Report on vaccination in the Province of Bengal - 1874-1889
Year: 1874
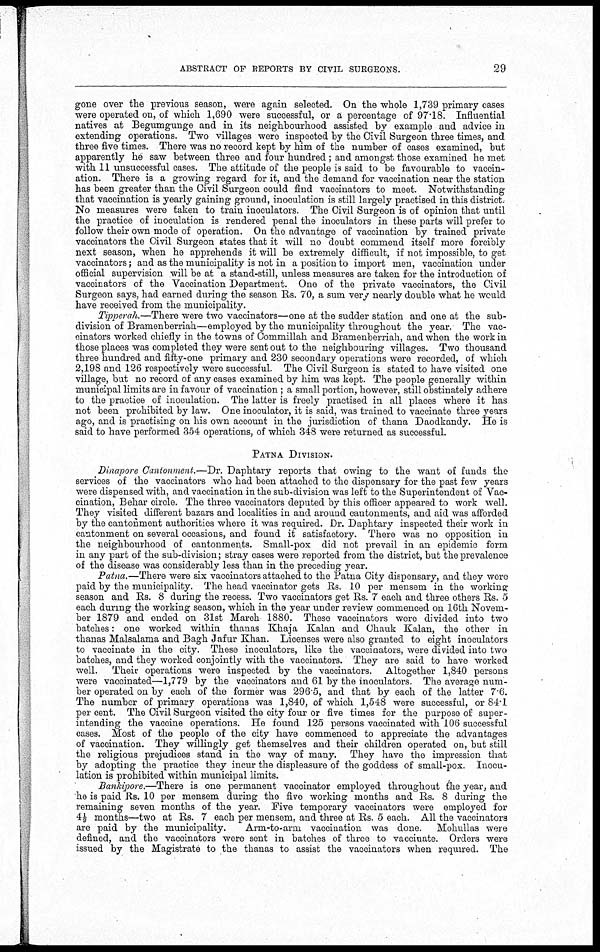
ABSTRACT OF REPORTS BY CIVIL SURGEONS.
29
gone over the previous season, were again selected. On the whole 1,739 primary cases
were operated on, of which 1,690 were successful, or a percentage of 97.18. Influential
natives at Begumgunge and in its neighbourhood assisted by example and advice in
extending operations. Two villages were inspected by the Civil Surgeon three times, and
three five times. There was no record kept by him of the number of cases examined, but
apparently he saw between three and four hundred ; and amongst those examined he met
with 11 unsuccessful cases. The attitude of the people is said to be favourable to vaccin-
ation. There is a growing regard for it, and the demand for vaccination near the station
has been greater than the Civil Surgeon could find vaccinators to meet. Notwithstanding
that vaccination is yearly gaining ground, inoculation is still largely practised in this district.
No measures were taken to train inoculators. The Civil Surgeon is of opinion that until
the practice of inoculation is rendered penal the inoculators in these parts will prefer to
follow their own mode of operation. On the advantage of vaccination by trained private
vaccinators the Civil Surgeon states that it will no doubt commend itself more forcibly
next season, when he apprehends it will be extremely difficult, if not impossible, to get
vaccinators; and as the municipality is not in a position to import men, vaccination under
official supervision will be at a stand-still, unless measures are taken for the introduction of
vaccinators of the Vaccination Department. One of the private vaccinators, the Civil
Surgeon says, had earned during the season Rs. 70, a sum very nearly double what he would
have received from the municipality.
Tipperah.—There were two vaccinators—one at the sudder station and one at the sub-
division of Bramenberriah—employed by the municipality throughout the year. The vac-
cinators worked chiefly in the towns of Commillah and Bramenberriah, and when the work in
those places was completed they were sent out to the neighbouring villages. Two thousand
three hundred and fifty-one primary and 230 secondary operations were recorded, of which
2,198 and 126 respectively were successful. The Civil Surgeon is stated to have visited one
village, but no record of any cases examined by him was kept. The people generally within
municipal limits are in favour of vaccination; a small portion, however, still obstinately adhere
to the practice of inoculation. The latter is freely practised in all places where it has
not been prohibited by law. One inoculator, it is said, was trained to vaccinate three years
ago, and is practising on his own account in the jurisdiction of thana Daodkandy. He is
said to have performed 354 operations, of which 348 were returned as successful.
PATNA DIVISION.
Dinapore Cantonment.—Dr. Daphtary reports that owing to the want of funds the
services of the vaccinators who had been attached to the dispensary for the past few years
were dispensed with, and vaccination in the sub-division was left to the Superintendent of Vac-
cination, Behar circle. The three vaccinators deputed by this officer appeared to work well.
They visited different bazars and localities in and around cantonments, and aid was afforded
by the cantonment authorities where it was required. Dr. Daphtary inspected their work in
cantonment on several occasions, and found it satisfactory. There was no opposition in
the neighbourhood of cantonments. Small-pox did not prevail in an epidemic form
in any part of the sub-division; stray cases were reported from the district, but the prevalence
of the disease was considerably less than in the preceding year.
Patna.—There were six vaccinators attached to the Patna City dispensary, and they were
paid by the municipality. The head vaccinator gets Rs. 10 per mensem in the working:
season and Rs. 8 during the recess. Two vaccinators get Us. 7 each and three others Rs. 5
each during the working season, which in the year under review commenced on 16th Novem-
ber 1879 and ended on 31st March 1880. These vaccinators were divided into two
batches: one worked within thanas Khaja Kalan and Chauk Kalan, the other in
thanas Malsalama and Bagh Jafur Khan. Licenses were also granted to eight inoculators
to vaccinate in the city. These inoculators, like the vaccinators, were divided into two
batches, and they worked conjointly with the vaccinators. They are said to have worked
well. Their operations were inspected by the vaccinators. Altogether 1,840 persons
were vaccinated—1,779 by the vaccinators and 61 by the inoculators. The average num-
ber operated on by each of the former was 296.5, and that by each of the latter 7.6.
The number of primary operations was 1,840, of which 1,548 were successful, or 84.1
per cent. The Civil Surgeon visited the city four or five times for the purpose of super-
intending the vaccine operations. He found 125 persons vaccinated with 106 successful
cases. Most of the people of the city have commenced to appreciate the advantages
of vaccination. They willingly get themselves and their children operated on, but still
the religious prejudices stand in the way of many. They have the impression that
by adopting the practice they incur the displeasure of the goddess of small-pox. Inocu-
lation is prohibited within municipal limits.
Bankipore.—There is one permanent vaccinator employed throughout the year, and
he is paid Rs. 10 per mensem during the five working months and Rs. 8 during the
remaining seven months of the year. Five temporary vaccinators were employed for
4½ months—two at Rs. 7 each per mensem, and three at Rs. 5 each. All the vaccinators
are paid by the municipality.
Arm-to-arm vaccination was done. Mohullas were
defined, and the vaccinators were sent in batches of three to vaccinate. Orders were
issued by the Magistrate to the thanas to assist the vaccinators when required. The